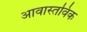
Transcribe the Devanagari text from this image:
आवास्तविक